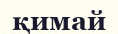
қимай